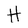
Character: H